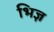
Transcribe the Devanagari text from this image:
भिज्ञ